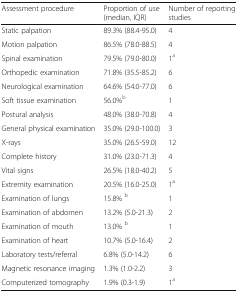
| Assessment procedure | Proportion of use (median, IQR) | Number of reporting studies |
 | --- | --- | --- |
 | Static palpation | 89.3% (88.4-95.0) | 4 |
 | Motion palpation | 86.5% (78.0-88.5) | 4 |
 | Spinal examination | 79.5% (79.0-80.0) | 1a |
 | Orthopedic examination | 71.8% (35.5-85.2) | 6 |
 | Neurological examination | 64.6% (54.0-77.0) | 6 |
 | Soft tissue examination | 56.0%b | 1 |
 | Postural analysis | 48.0% (38.0-70.8) | 4 |
 | General physical examination | 35.0% (29.0-100.0) | 3 |
 | X-rays | 35.0% (26.5-59.0) | 12 |
 | Complete history | 31.0% (23.0-71.3) | 4 |
 | Vital signs | 26.5% (18.0-40.2) | 5 |
 | Extremity examination | 20.5% (16.0-25.0) | 1a |
 | Examination of lungs | 15.8% b | 1 |
 | Examination of abdomen | 13.2% (5.0-21.3) | 2 |
 | Examination of mouth | 13.0% b | 1 |
 | Examination of heart | 10.7% (5.0-16.4) | 2 |
 | Laboratory tests/referral | 6.8% (5.0-14.2) | 6 |
 | Magnetic resonance imaging | 1.3% (1.0-2.2) | 3 |
 | Computerized tomography | 1.9% (0.3-1.9) | 1a |